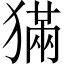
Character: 𤡁